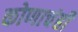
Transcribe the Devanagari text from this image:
कोणाचंही